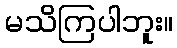
မသိကြပါဘူး။